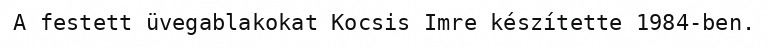
A festett üvegablakokat Kocsis Imre készítette 1984-ben.